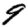
Digit: 9